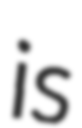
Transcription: is